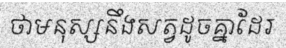
ថាមនុស្សនឹងសត្វដូចគ្នាដែរ